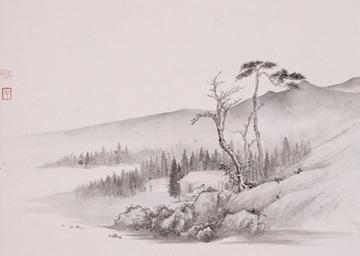
今为羌笛出塞声，使我三军泪如雨。